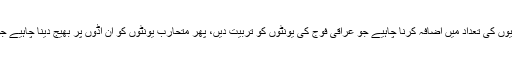
ج: امریکا کو اپنے ایسے فوجیوں کی تعداد میں اضافہ کرنا چاہیے جو عراقی فوج کی یونٹوں کو تربیت دیں، پھر متحارب یونٹوں کو اُن اڈوں پر بھیج دینا چاہیے جو شہری علاقوںسے باہر ہیں۔